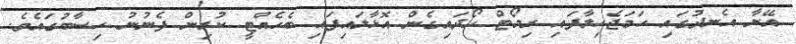
އޭނާ އެނދުގައި ހަމަޖެހިލާފައި ރިމޯޓް ހޯދައިގެން އޮޅާލައިފައި ބެހެއްޓީ ކުރިން ފެނުނު ހިސާބުގައެވެ.